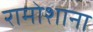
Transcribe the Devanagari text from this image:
रामोशाना